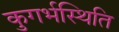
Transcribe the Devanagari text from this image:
कुगर्भस्थिति